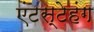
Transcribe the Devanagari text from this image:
एंटस्टेहंग